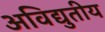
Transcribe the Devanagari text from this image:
अविद्युतीय